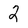
Character: 2